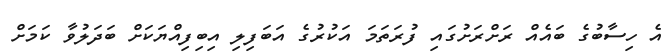
އެ ހިސާބުގެ ބައެއް ރަށްރަށުގައި ފުރަތަމަ އަކުރުގެ އަބަފިލި އިބިފިއްޔަކަށް ބަދަލުވާ ކަމަށް